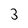
Character: 3